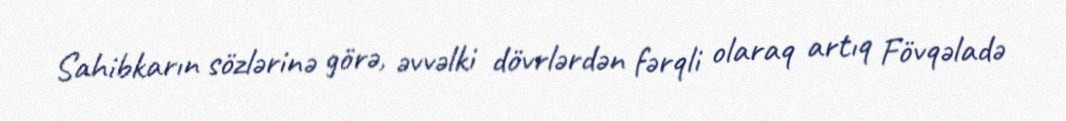
Sahibkarın sözlərinə görə, əvvəlki dövrlərdən fərqli olaraq artıq Fövqəladə